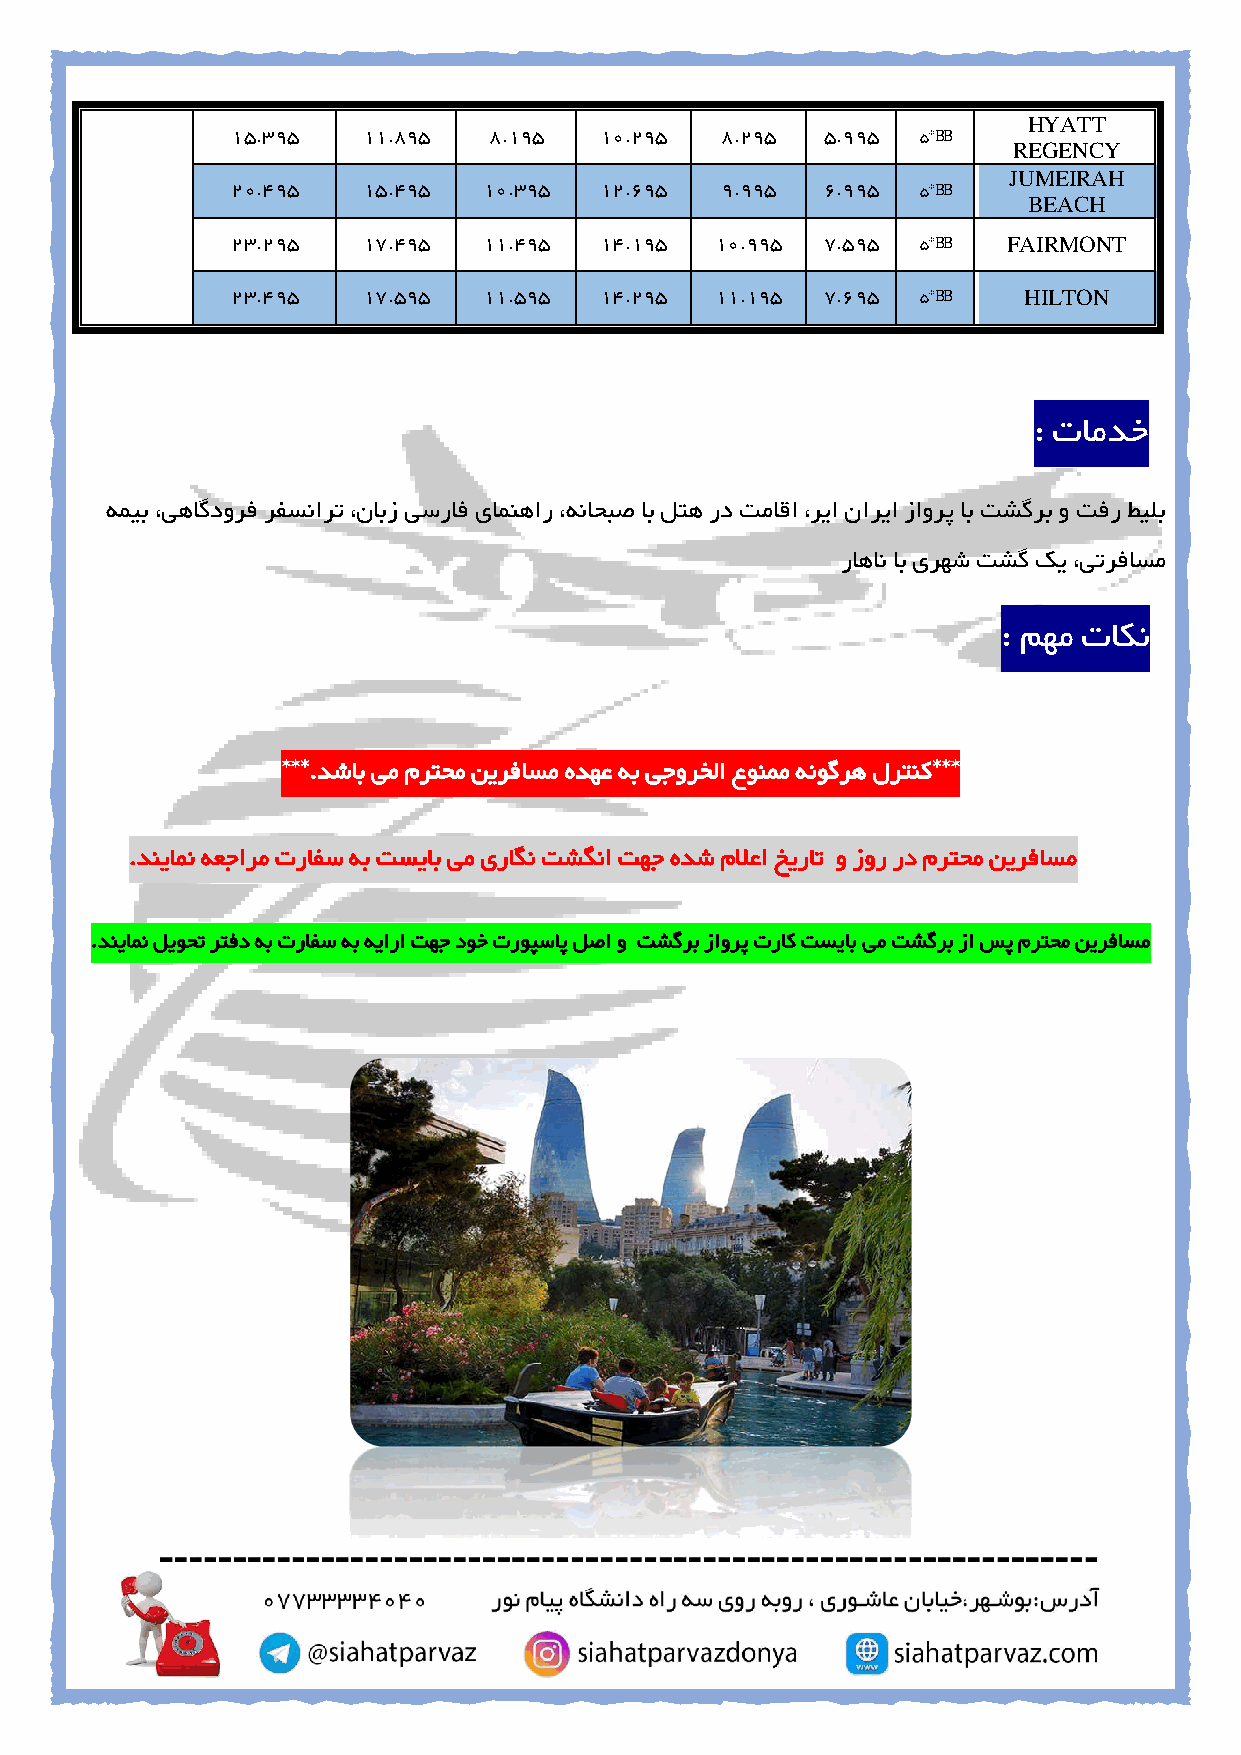
HYATT
 15.395   11.895  8.195   10.295  8.295  5.995 5*BB
 REGENCY
 JUMEIRAH
 20.495   15.495  10.395  12.695  9.995  6.995 5*BB
 BEACH
 23.295   17.495  11.495  14.195 10.995  7.595 5*BB  FAIRMONT
 23.495   17.595  11.595  14.295 11.195  7.695 5*BB   HILTON
 : تامدخ
 همیب ،یهاگدورف رفسنارت ،نابز یسراف یامنهار ،هناحبص اب لته رد تماقا ،ریا ناریا زاورپ اب تشگرب و تفر طیلب
 راهان اب یرهش تشگ کی ،یترفاسم
 : مهم تاکن
 ***.دشاب یم مرتحم نیرفاسم هدهع هب یجورخلا عونمم هنوگره لرتنک***
 .دنیامن هعجارم ترافس هب تسیاب یم یراگن تشگنا تهج هدش ملاعا خیرات و زور رد مرتحم نیرفاسم
 .دنیامن لیوحت رتفد هب ترافس هب هیارا تهج دوخ تروپساپ لصا و تشگرب زاورپ تراک تسیاب یم تشگرب زا سپ مرتحم نیرفاسم